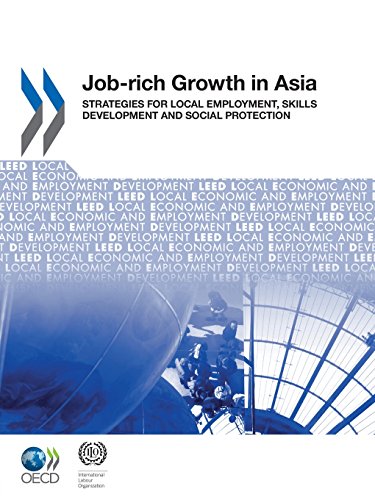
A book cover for Local Economic and Employment Development (Leed) Job-rich Growth in Asia: Strategies for Local Employment, Skills Development and Social Protection: Edition 2011; Oecd Organisation for Economic Co-operation and Development; Business & Money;